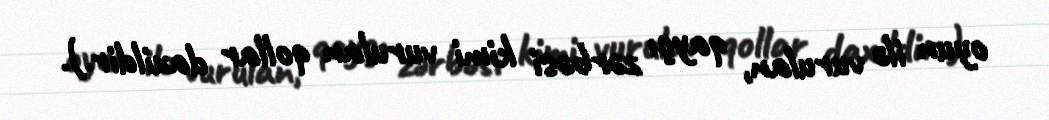
oyun ilə vurulan, qayçı zərbəsi kimi vurulan qollar daxildir.).